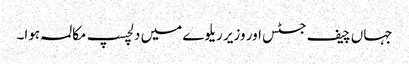
جہاں چیف جسٹس اور وزیر ریلوے میں دلچسپ مکالمہ ہوا۔